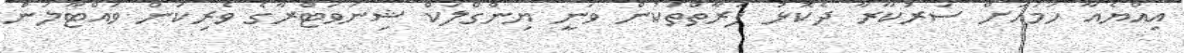
އިއްޔެއާ ހަމައަށް ސަރުކާރާ ދެކޮޅު ފަރާތްތަކުން ވަނީ ޔިންގްލަކް ޝިނަވަޓްރާގެ ވެރިކަން ވައްޓާލަން